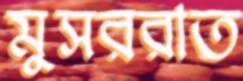
মুসররাত